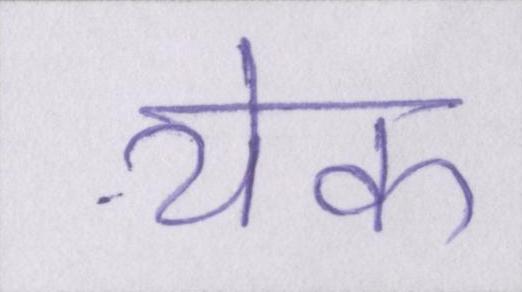
येक